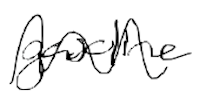
Text: gasoline
Cross-out: wave
Writing tool: digital_black